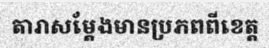
តារាសម្តែងមានប្រភពពីខេត្ត